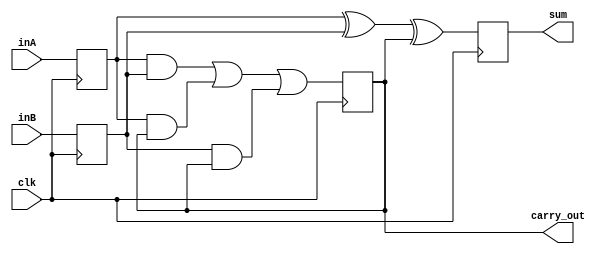
module serial_adder (
  input inA, inB, clk,
  output sum, carry_out
);

  reg a, b, sum_reg, carry_reg;

  // Input registers for data synchronization
  always @(posedge clk) begin
    a <= inA;
    b <= inB;
  end

  // Serial addition logic
  always @(posedge clk) begin
    sum_reg <= a ^ b ^ carry_reg;
    carry_reg <= (a & b) | (a & carry_reg) | (b & carry_reg);
  end

  // Assign outputs
  assign sum = sum_reg;
  assign carry_out = carry_reg;

endmodule